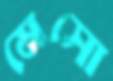
মেসো